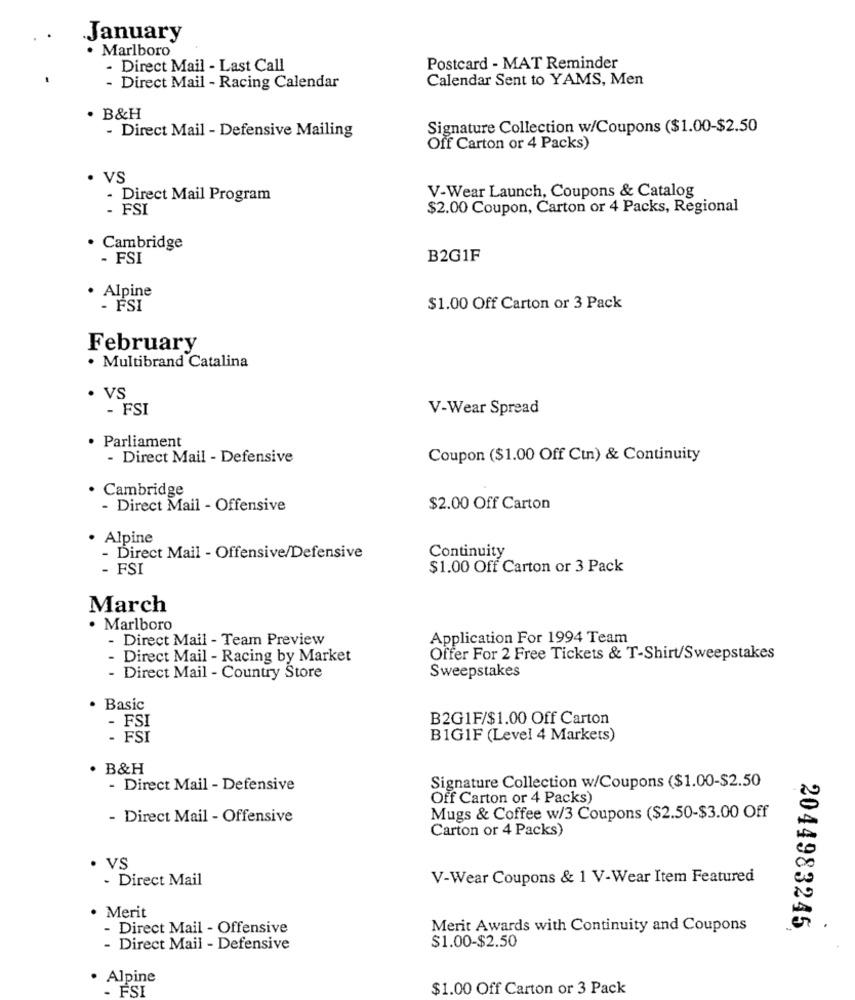
January
. Marlboro
- Direct Mail - Last Call
Postcard - MAT Reminder
Calendar Sent to YAMS, Men
- Direct Mail - Racing Calendar
. B&H
- Direct Mail - Defensive Mailing
Signature Collection w/Coupons ($1.00-$2.50
Off Carton or 4 Packs)
· VS
V-Wear Launch, Coupons & Catalog
- Direct Mail Program
- FSI
$2.00 Coupon, Carton or 4 Packs, Regional
· Cambridge
- FSI
B2G1F
· Alpine
- FSI
$1.00 Off Carton or 3 Pack
February
. Multibrand Catalina
· VS
- FSI
V-Wear Spread
· Parliament
- Direct Mail - Defensive
Coupon ($1.00 Off Cin) & Continuity
Cambridge
- Direct Mail - Offensive
$2.00 Off Carton
Alpine
- Direct Mail - Offensive/Defensive
Continuity
- FSI
$1.00 Off Carton or 3 Pack
March
· Marlboro
- Direct Mail - Team Preview
Application For 1994 Team
Direct Mail - Racing by Market
Offer For 2 Free Tickets & T-Shirt/Sweepstakes
Sweepstakes
- Direct Mail - Country Store
Basic
B2G1F/$1.00 Off Carton
- FSI
- FSI
B1G1F (Level 4 Markets)
. B&H
- Direct Mail - Defensive
Signature Collection w/Coupons ($1.00-$2.50
Off Carton or 4 Packs)
- Direct Mail - Offensive
Mugs & Coffee w/3 Coupons ($2.50-$3.00 Off
Carton or 4 Packs)
VS
· Direct Mail
V-Wear Coupons & 1 V-Wear Item Featured
· Merit
- Direct Mail - Offensive
Merit Awards with Continuity and Coupons
2044983245,
$1.00-$2.50
- Direct Mail - Defensive
Alpine
ESI
$1.00 Off Carton or 3 Pack